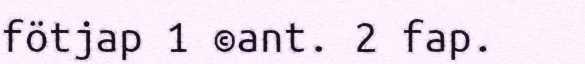
fötjap 1 ©ant. 2 fap.